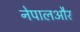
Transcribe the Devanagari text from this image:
नेपालऔर